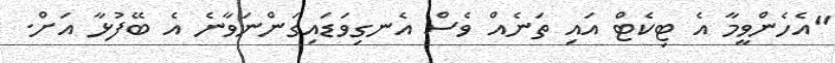
"އެހެންވީމާ އެ ޓިކެޓް އައި ތަނެއް ވެސް އެނގިވަޑައިގަންނަވާނެ އެ ބޭފުޅާ އަށް.